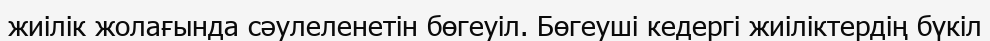
жиілік жолағында сәулеленетін бөгеуіл. Бөгеуші кедергі жиіліктердің бүкіл